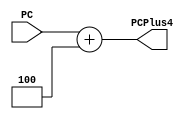
module PC4Add (
    input  [63:0] PC,
    output [63:0] PCPlus4
);
  assign PCPlus4 = PC + 4;
endmodule